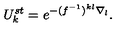
U _ { k } ^ { s t } = e ^ { - ( f ^ { - 1 } ) ^ { k l } \nabla _ { l } } .